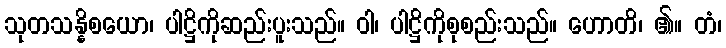
သုတသန္နိစယော၊ ပါဋ္ဌိကိုဆည်းပူးသည်။ ဝါ၊ ပါဋ္ဌိကိုစုစည်းသည်။ ဟောတိ၊ ၏။ တံ၊